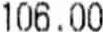
106.00